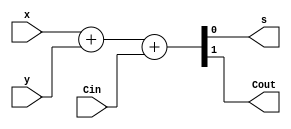
/* Uses behavioural specification for adder */

module bm_DL_behavioural_full_adder (Cin, x, y, s, Cout);
	input Cin, x, y;
	output s, Cout;
	reg s, Cout;
	
	always @(x or y or Cin)
		{Cout, s} = x + y + Cin;

endmodule